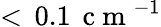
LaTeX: <\, 0.1\, \mathrm{~c~m~}^{-1}